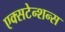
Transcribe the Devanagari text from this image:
एक्सटेन्शन्स